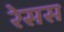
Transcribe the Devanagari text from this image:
रेसस